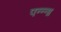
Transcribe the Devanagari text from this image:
पन्‍न्‍ना